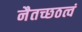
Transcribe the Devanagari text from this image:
नैतच्छठत्वं